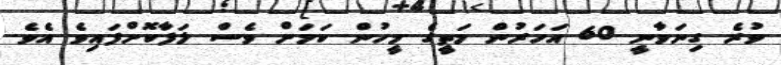
ވުރެ ގިނަވާނީ 60 އަހަރުން މަތީގެ މީހުން ކަމަށް ވެސް ލަފާކޮށްފައިވެ އެވެ.